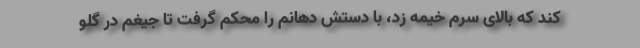
کند که بالای سرم خیمه زد، با دستش دهانم را محکم گرفت تا جیغم در گلو